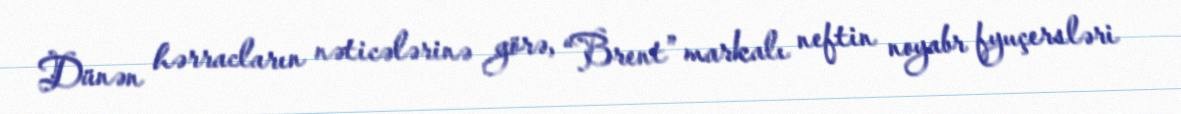
Dünən hərracların nəticələrinə görə, “Brent” markalı neftin noyabr fyuçersləri